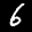
Label: 6